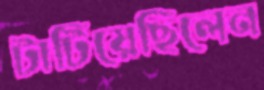
টাটিয়েছিলেন